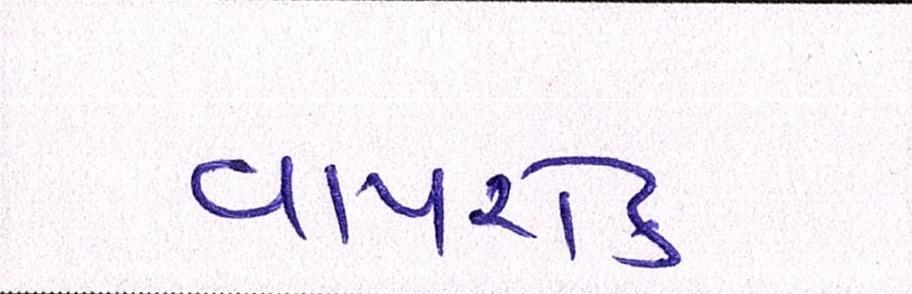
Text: વાયરોક